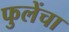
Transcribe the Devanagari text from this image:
फुलेंचा